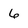
Character: 6